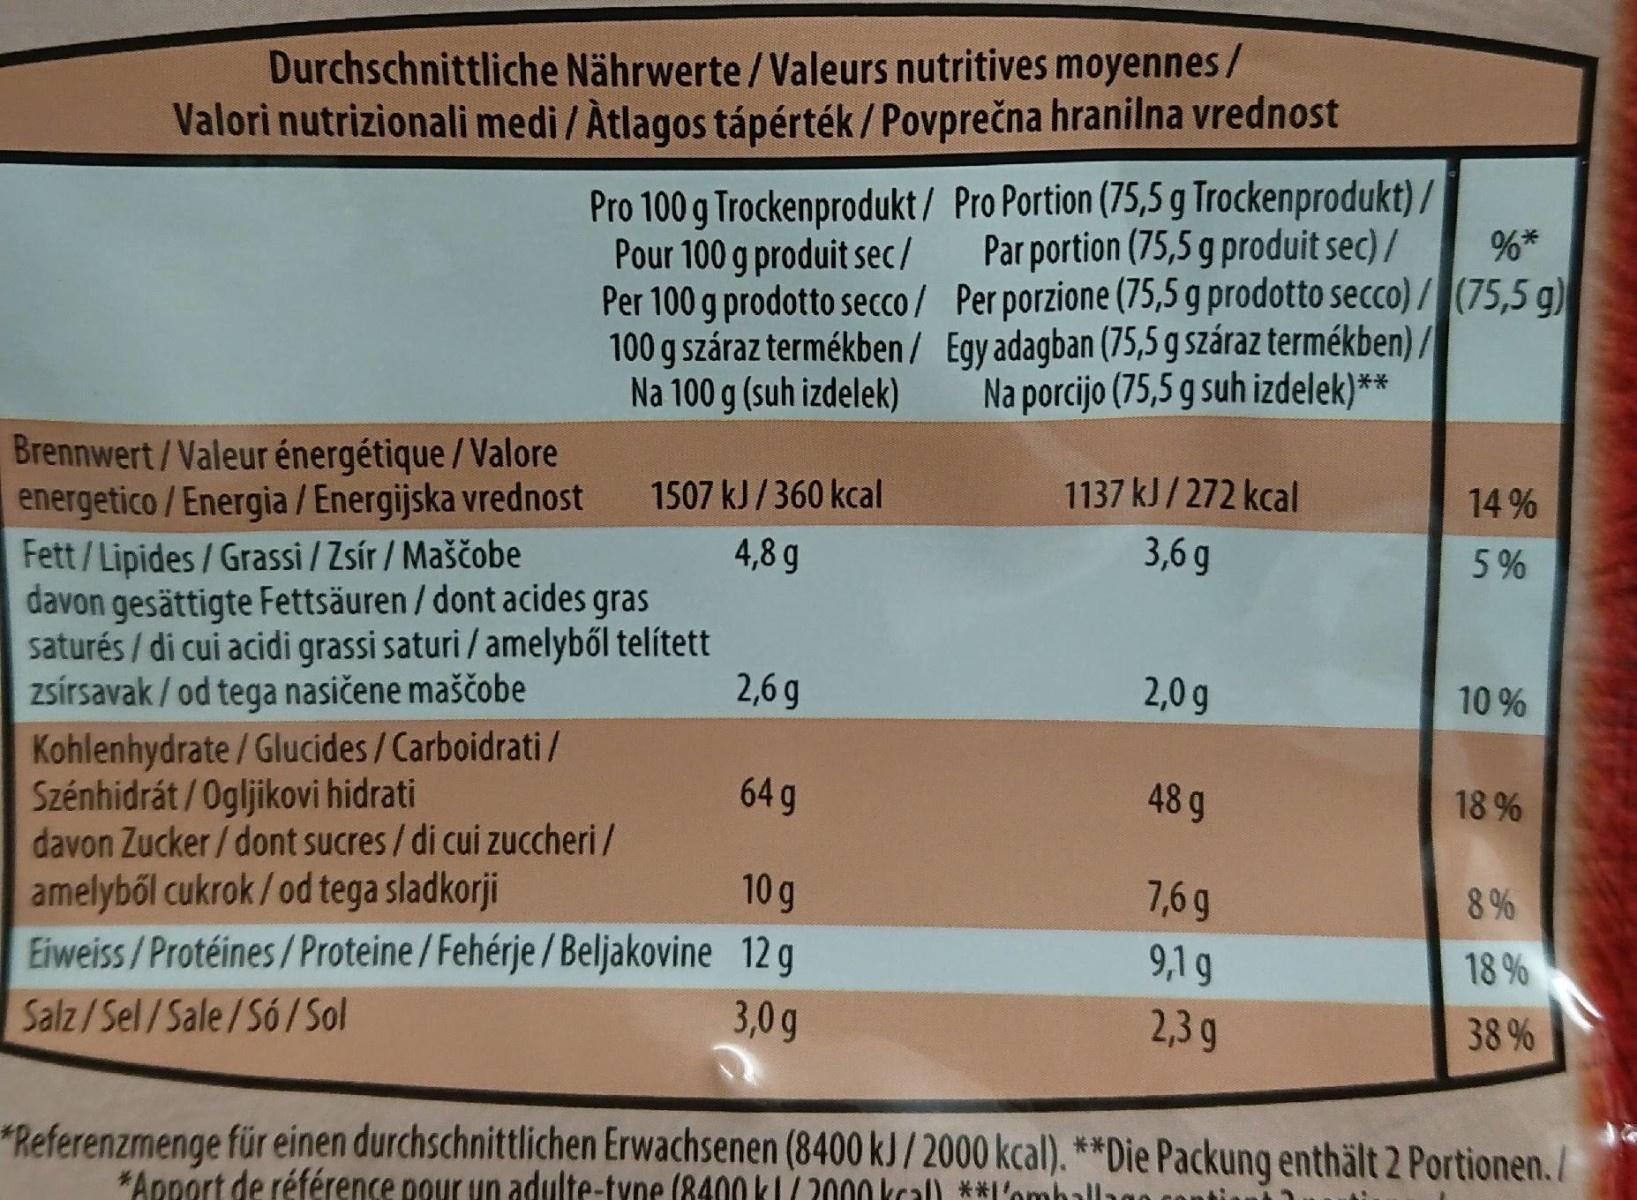
Durchschnittliche Nährwerte/Valeurs nutritives moyennes/ Valori nutrizionali medi / Àtlagos tápérték / Povprečna hranilna vrednost
Pro 100 g Trockenprodukt/ Pro Portion (75,5 g Trockenprodukt) / Pour 100 g produit sec/ Per 100 g prodotto secco/ Per porzione (75,5 g prodotto secco) / (75,5 g) 100 g száraz termékben/ Egy adagban (75,5 g száraz termékben)/ Na 100 g (suh izdelek)
Par portion (75,5 g produit sec)/
%*
Na porcijo (75,5 g suh izdelek)**
Brennwert/Valeur énergétique / Valore energetico /Energia / Energijska vrednost Fett/ Lipides / Grassi / Zsír / Maščobe davon gesättigte Fettsäuren / dont acides gras saturés / di cui acidi grassi saturi / amelyből telített zsírsavak / od tega nasičene maščobe Kohlenhydrate / Glucides/Carboidrati/ Szénhidrát /Ogljikovi hidrati davon Zucker / dont sucres/di cui zuccheri/ amelyből cukrok / od tega sladkorji Eiweiss/Protéines/Proteine/Fehérje / Beljakovine 12 g
1507 kJ/360 kcal
1137 kJ/272 kcal
14 %
4,8 g
3,6 g
5%
2,6 g
2,0g
10 %
64 g
48 g
18 %
10 g
7,6 g
8 %
9,1 g
18 %
Salz/Sel/Sale/Só/ Sol
3,0 g
2,3 g
38 %
*Referenzmenge für einen durchschnittlichen Erwachsenen (8400 kJ/ 2000 kcal). **Die Packung enthält 2 Portionen./ *Apport de référence pour un adulte-tyne (8400 kl/2000 kcal) **I'ombal